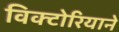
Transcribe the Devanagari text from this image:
विक्टोरियाने